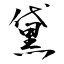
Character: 黛